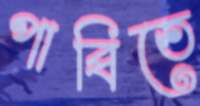
পাব্বিতে